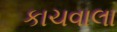
કાચવાલા